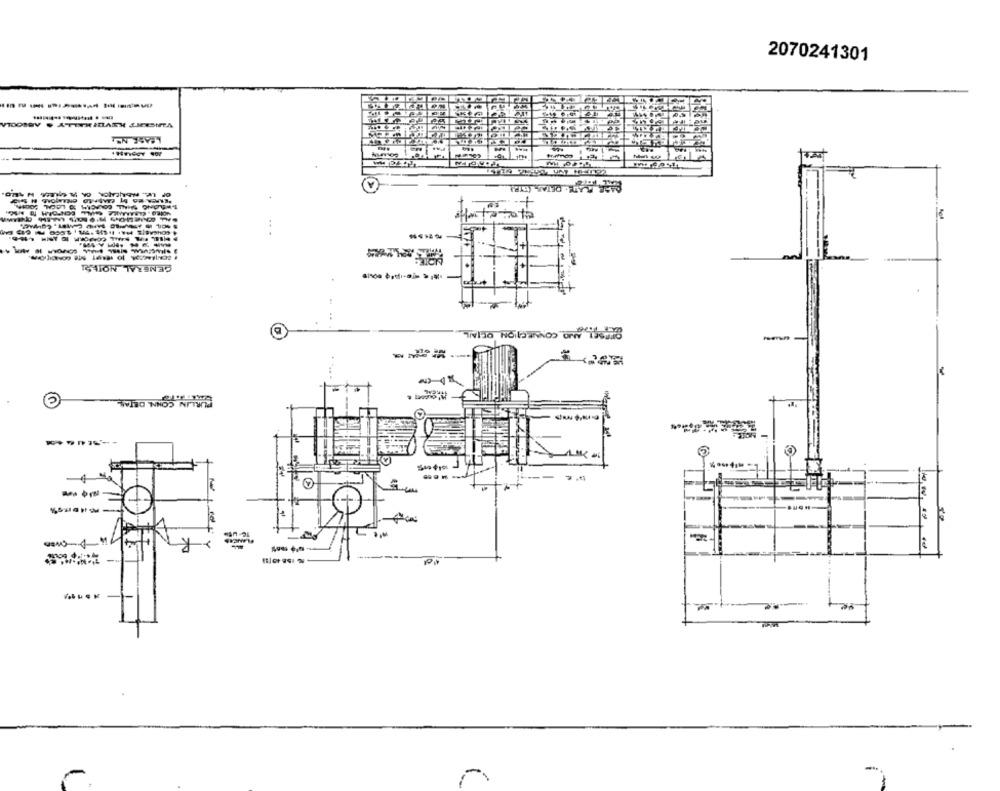
2070241301
GENERAL NOTES
a
-
*
-